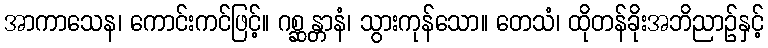
အာကာသေန၊ ကောင်းကင်ဖြင့်။ ဂစ္ဆန္တာနံ၊ သွားကုန်သော။ တေသံ၊ ထိုတန်ခိုးအဘိညာဉ်နှင့်